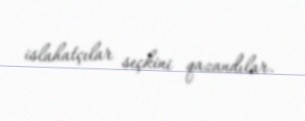
islahatçılar seçkini qazandılar.